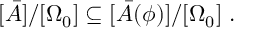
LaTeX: [ \bar { A } ] / [ \Omega _ { 0 } ] \subseteq [ \bar { A } ( \phi ) ] / [ \Omega _ { 0 } ] \ .